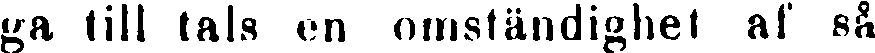
ga till tals en omständighet af så